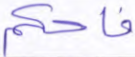
فاحكم